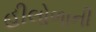
હીલોળાની